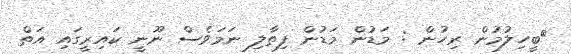
ބީހިލުމުން ރިހުން : މަޑުން މަޑުން ފިތާލި ނަމަވެސް ނޫނީ ކައިރީގައި އަތް